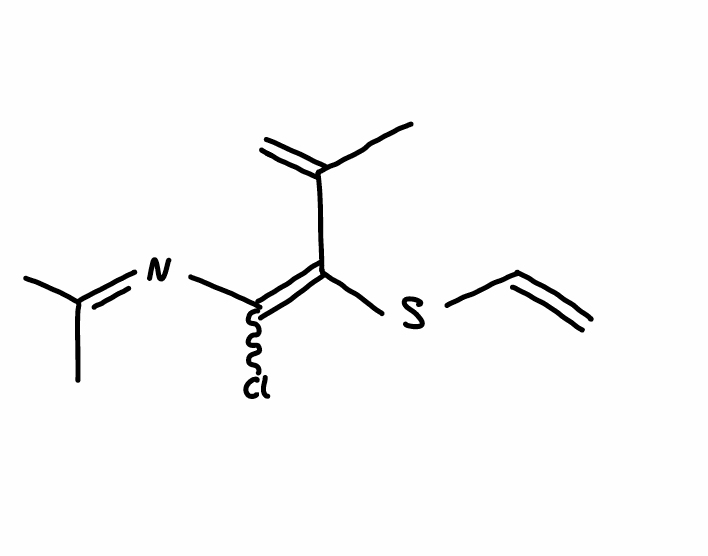
Simplified molecular-input line-entry system (SMILES) notation of the given molecule:
CC(=NC(=C(C(=C)C)SC=C)Cl)C